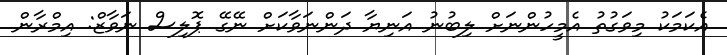
އެކަމަކު މިވަގުތު އެމީހުންނަށް ލިބުނު އަނިޔާ ދަންނަވާކަށް ނޭގޭ ޕޮލިސް ނަވާޒް: އިމްރާން